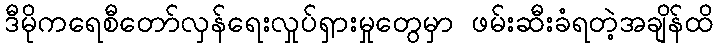
ဒီမိုကရေစီတော်လှန်ရေးလှုပ်ရှားမှုတွေမှာ ဖမ်းဆီးခံရတဲ့အချိန်ထိ